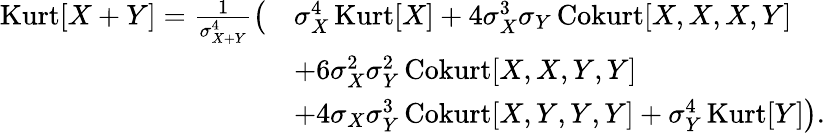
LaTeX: {\begin{array}{rl}{\operatorname{Kurt}[X+Y]={\frac{1}{\sigma_{X+Y}^{4}}}{\big(}}&{\sigma_{X}^{4}\operatorname{Kurt}[X]+4\sigma_{X}^{3}\sigma_{Y}\operatorname{Cokurt}[X,X,X,Y]}\\ &{+6\sigma_{X}^{2}\sigma_{Y}^{2}\operatorname{Cokurt}[X,X,Y,Y]}\\ &{+4\sigma_{X}\sigma_{Y}^{3}\operatorname{Cokurt}[X,Y,Y,Y]+\sigma_{Y}^{4}\operatorname{Kurt}[Y]{\big)}.}\end{array}}